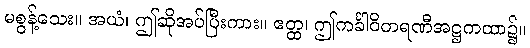
မစွန့်သေး။ အယံ၊ ဤဆိုအပ်ပြီးကား။ ဧတ္ထ၊ ဤကင်္ခါဝိတရဏီအဋ္ဌကထာ၌။